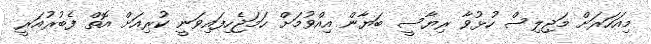
މިއަހަރަށް މަޖިލިސް ހުޅުވާ ރިޔާސީ ބަޔާން އިއްވުމަށް ހަމަޖެހިފައިވަނީ ކުރިއަށް އޮތް ފެބުރުއަރީ